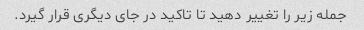
جمله زیر را تغییر دهید تا تاکید در جای دیگری قرار گیرد.